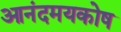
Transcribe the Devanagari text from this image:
आनंदमयकोष